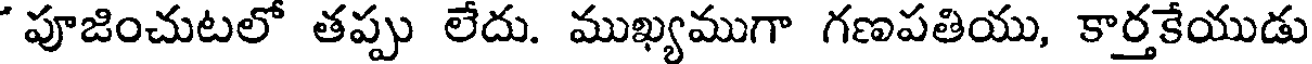
' పూజించుటలో తప్పు లేదు. ముఖ్యముగా గణపతియు, కార్తకేయుడు